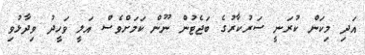
އަދި މިކަން ކުރަނީ ސަރުކާރުގެ ބަޖެޓުން ނޫން ކަމަށްވެސް އަލީ ވަހީދު ވިދާޅުވި